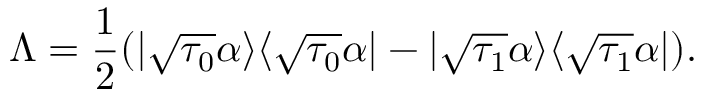
\Lambda = \frac { 1 } { 2 } ( | \sqrt { \tau _ { 0 } } \alpha \rangle \langle \sqrt { \tau _ { 0 } } \alpha | - | \sqrt { \tau _ { 1 } } \alpha \rangle \langle \sqrt { \tau _ { 1 } } \alpha | ) .